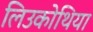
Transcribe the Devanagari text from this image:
लिउकोथिया